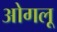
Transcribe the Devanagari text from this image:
ओगलू